Leaving Certificate Examination, 1904
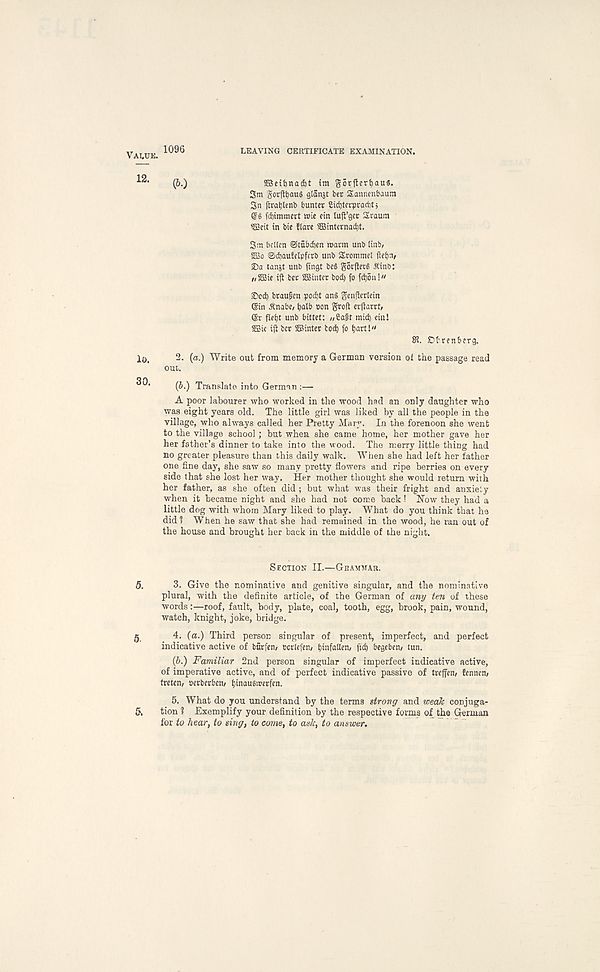
VAI.UE.
12.
lo.
30.
5.
5.
&
1096
LEAVING CERTIFICATE EXAMINATION.
(6.)
2Beif)nad)t tm gorfterfiaus.
3m gorjtyauS glanjt bcr Sannenbaum
3n [irablenb buntet £id)terprad)t j
(?g fd)immert mie cin lufl’gcr: Sraum
sffieit in bie flare SSinternacbt.
3m bcllen ©tubcben marm unb (mb/
2Bo ©djaufelpfcrb unb Sromrael ft eb' -V
2)a tanjt unb ftngt be§ gorfierg A' tnb:
//2Sie iff bee ©inter bod) fo fdjon!"
®cd) braugen poebt an§ genfierlein
6in An a be, tjalb con groit erjfarrt,
©r fletjt unb bittet: „Ca&t mieb ein!
©ic iff ber ©inter bod) fo bartl"
Si. Dbrenberg.
2. (a.) Write out from memory a German version of the passage read
out.
(b.) Translate into German :—
A poor labourer who worked in the wood had an only daughter who
was eight years old. The little girl was liked by all the people in the
village, who always called her Pretty Mary. In the forenoon she went
to the village school; but when she came home, her mother gave her
her father’s dinner to take into the wood. The merry little thing had
no greater pleasure than this daily walk. When she had left her father
one fine day, she saw so many pretty flowers and ripe berries on every
side that she lost her way. Her mother thought she would return with
her father, as she often did ; but what was their fright and anxiety
when it became night and she had not come back! Now they had a
little dog with whom Mary liked to play. What do you think that he
did? When he saw that she had remained in the wood, he ran out of
the house and brought her back in the middle of the night.
Section II.—Grammar.
3. Give the nominative and genitive singular, and the nominative
plural, with the definite article, of the German of any ten of these
words:—roof, fault, body, plate, coal, tooth, egg, brook, pain, wound,
watch, knight, joke, bridge.
4. (a.) Third person singular of present, imperfect, and perfect
indicative active of burfen, ecrlcfen, tjmfaUen, fid) begeben, tun.
(b.) Familiar 2nd person singular of imperfect indicative active,
of imperative active, and of perfect indicative passive of treffen, fennen,
treten, oerberben, binausmerfen.
5. What do you understand by the terms strong and weak conjuga-
tion ? Exemplify your definition by the respective forms of the German
for to hear, to sing, to come, to ask, to answer.